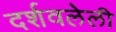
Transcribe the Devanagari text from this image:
दर्शवलेली